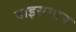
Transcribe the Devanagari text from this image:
वाइसमान